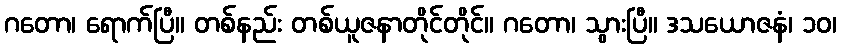
ဂတော၊ ရောက်ပြီ။ တစ်နည်း တစ်ယူဇနာတိုင်တိုင်။ ဂတော၊ သွားပြီ။ ဒသယောဇနံ၊ ၁၀၊